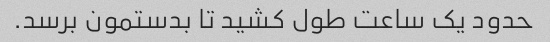
حدود یک ساعت طول کشید تا بدستمون برسد.